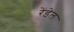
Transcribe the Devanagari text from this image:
रेंडेल